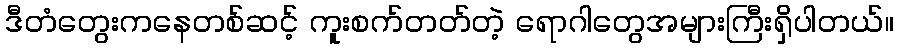
ဒီတံတွေးကနေတစ်ဆင့် ကူးစက်တတ်တဲ့ ရောဂါတွေအများကြီးရှိပါတယ်။